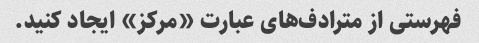
فهرستی از مترادف‌های عبارت «مرکز» ایجاد کنید.